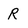
Character: R